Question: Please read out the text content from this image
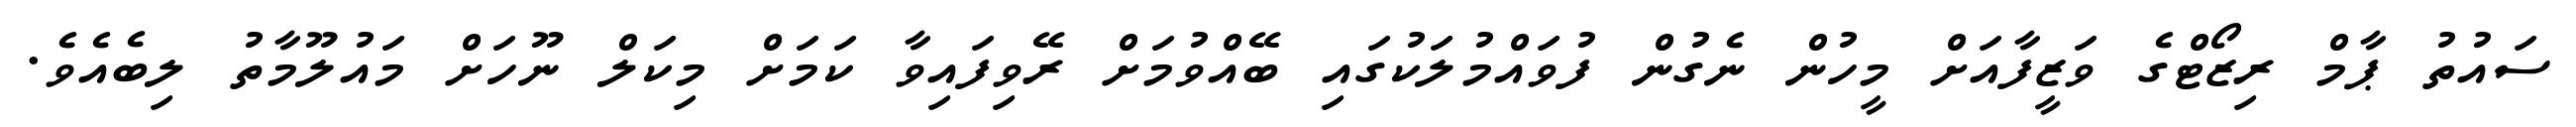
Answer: ސައުތު ޕާމް ރިޒޯޓްގެ ވަޒީފާއަށް މީހުން ނެގުން ފުވައްމުލަކުގައި ބޭއްވުމަށް ރޭވިފައިވާ ކަމަށް މިކަލް ނޫހަށް މައުލޫމާތު ލިބެއެވެ.